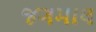
જગમાલ